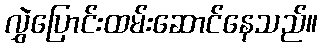
လွှဲပြောင်းထမ်းဆောင်နေသည်။